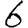
Digit: 6